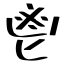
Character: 鬯